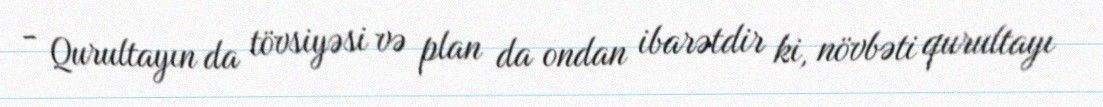
- Qurultayın da tövsiyəsi və plan da ondan ibarətdir ki, növbəti qurultayı